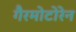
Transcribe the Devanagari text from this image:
गैरमोटोरेन